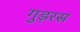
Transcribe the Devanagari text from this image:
गुड़रस